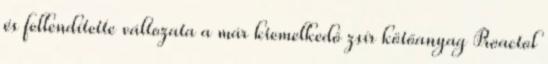
és fellendítette változata a már kiemelkedő zsír kötőanyag Proactol